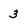
Character: 3